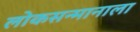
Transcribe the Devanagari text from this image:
लोकसन्मानाला